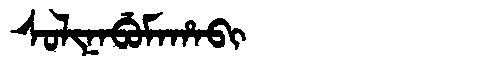
Manchu: ᠰᠣᠯᡳᠨᠠᠪᡠᠮᠠᡥᠠᠪᡳ
Romanization: SOLINABUMAHABI